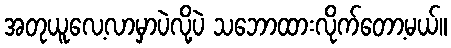
အတုယူလေ့လာမှာပဲလို့ပဲ သဘောထားလိုက်တော့မယ်။